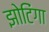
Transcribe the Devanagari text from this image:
झोटिंगा